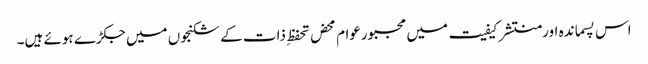
اس پسماندہ اورمنتشر کیفیت میں مجبورعوام محض تحفظِ ذات کے شکنجوں میں جکڑے ہوئے ہیں۔